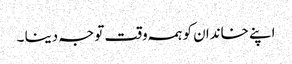
اپنے خاندان کو ہمہ وقت توجہ دینا ۔